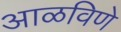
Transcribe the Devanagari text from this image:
आळविणे